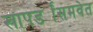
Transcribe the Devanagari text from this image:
खापर्ड्यांसमवेत